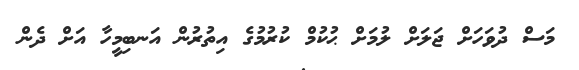
މަސް ދުވަހަށް ޖަލަށް ލުމަށް ޙުކުމް ކުރުމުގެ އިތުރުން އަނބިމީހާ އަށް ދެން